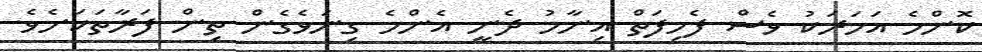
ކޮންމެ އަހަރަކު ވެސް ފެހިފަތް އިނާމު ދެނީ އެންމެ ގިނަވެގެން ތިން ފަރާތަކަށެވެ.